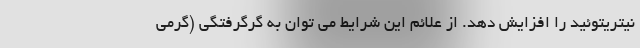
نیتریتوئید را افزایش دهد. از علائم این شرایط می توان به گرگرفتگی (گرمی